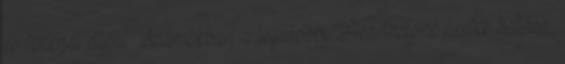
és fehérjéi elleni. Számokban a legutóbbi Hearthstone nerfek hatása,